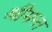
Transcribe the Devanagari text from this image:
श्रीमन्त